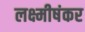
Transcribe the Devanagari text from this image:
लक्ष्मीषंकर